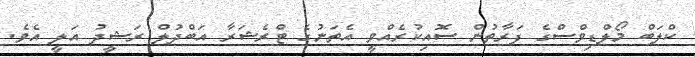
ކްލަބް މޯލްޑިވްސްގެ ފަރާތުން ސޮއިކުރެއްވީ އެތަނުގެ ޓްރެޝަރާ އަބްދުލް ރަޝީދު އަލީ އެވެ.